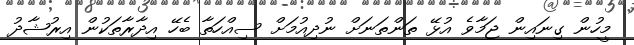
މީހުން ގިނައިން ޖަމާވެ އުޅޭ ތަންތަނަށް ނުދިއުމަށް ސިއްހަތާ ބެހޭ އިދާރާތަކުން އިރުޝާދު